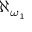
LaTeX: \aleph _ { \omega _ { 1 } }